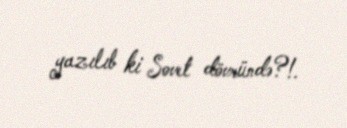
yazılıb ki Sovet dövründə?!.